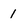
Character: 1